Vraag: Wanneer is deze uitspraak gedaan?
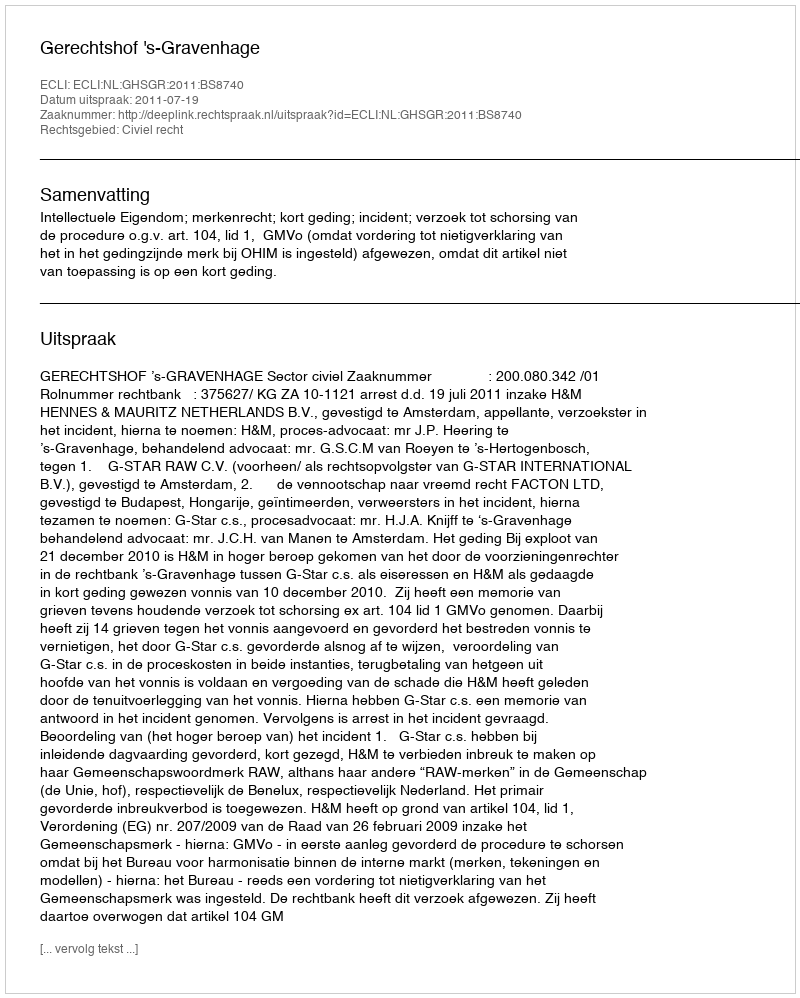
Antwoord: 2011-07-19